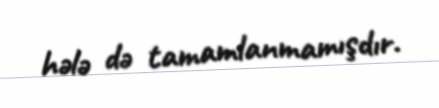
hələ də tamamlanmamışdır.